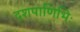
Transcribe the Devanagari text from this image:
दशपाणिभिः